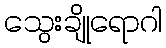
သွေးချိုရောဂါ